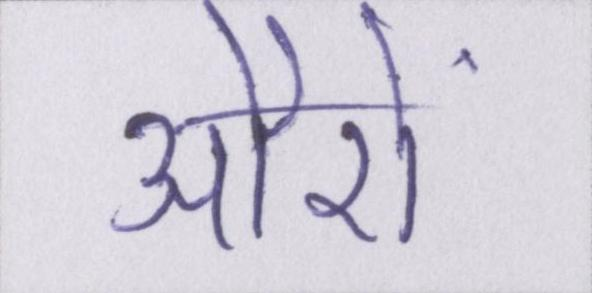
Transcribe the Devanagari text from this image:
औरों